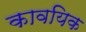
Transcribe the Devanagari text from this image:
कावयिक